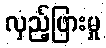
လှည့်ဖြားမှု